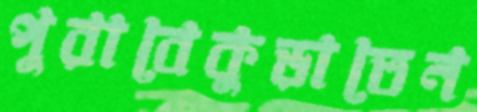
পুরাবেকুড়াতেন